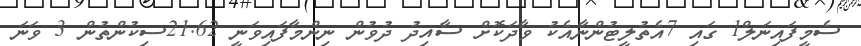
ސެމީފައިނަލް1 ގައި 7އެތުލީޓުންނާއެކު ވާދަކޮށް ސާއިދު ދުވުން ނިންމާފައިވަނީ 21.62ސިކުންތުން 3 ވަނަ